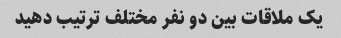
یک ملاقات بین دو نفر مختلف ترتیب دهید